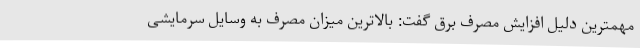
مهمترین دلیل افزایش مصرف برق گفت: بالاترین میزان مصرف به وسایل سرمایشی